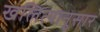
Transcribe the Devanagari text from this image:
खलित्यानुसार